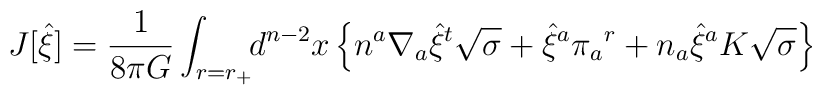
J[{\hat\xi}] = {1\over8\pi G}\int_{r=r_+}\!\! d^{n-2}x\, \Bigl\{  n^a\nabla_a{\hat\xi}^t\sqrt{\sigma}  + {\hat\xi}^a\pi_a{}^r + n_a{\hat\xi}^a K\sqrt{\sigma} \Bigr\}